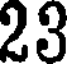
23